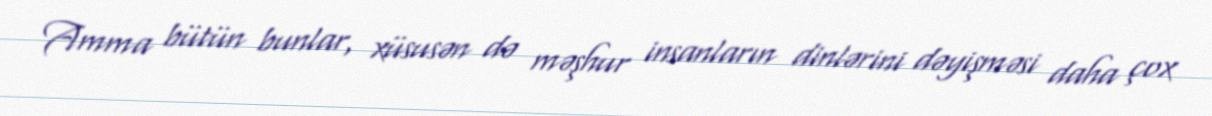
Amma bütün bunlar, xüsusən də məşhur insanların dinlərini dəyişməsi daha çox